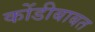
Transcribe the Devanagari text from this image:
कोंडीबाबत